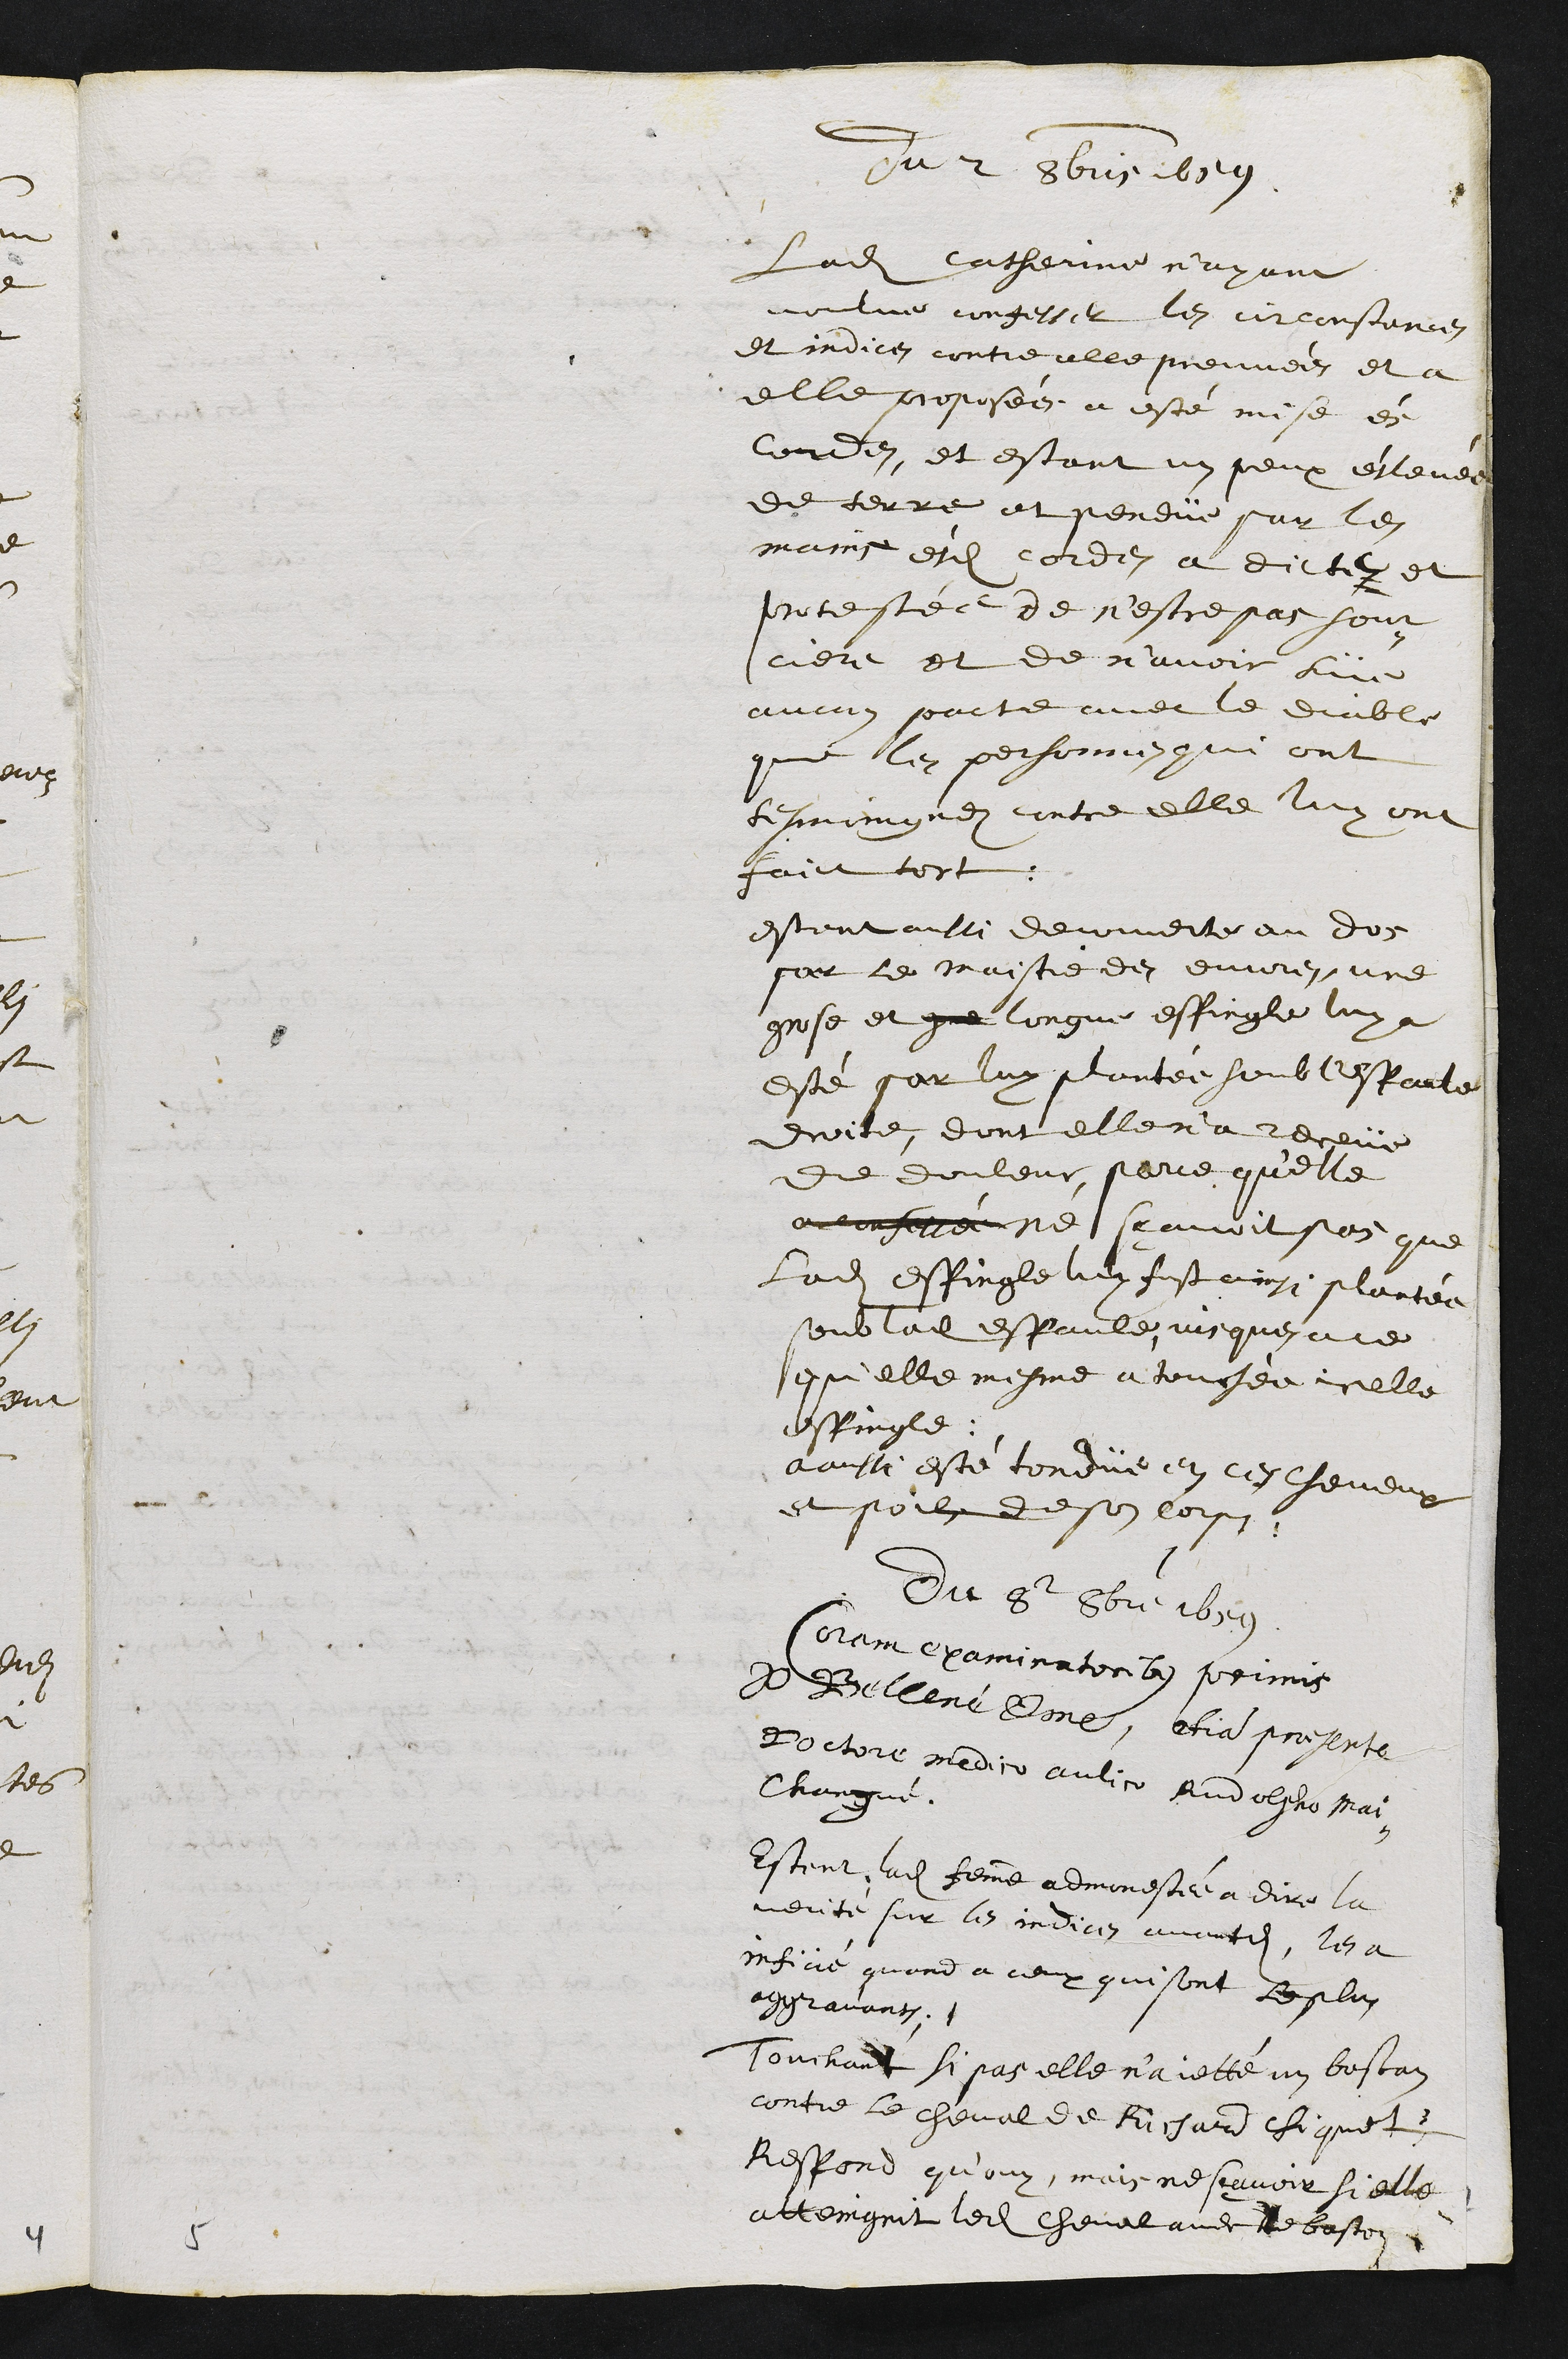
Du 2 8bris 1659
Ladite Catherine n'ayant
voulue confesser les circonstances
et indices contre elle preuvées et a
elle proposée a esté mise ès
cordes, et estant un peux éslevée
de terre et pendüe par les
mains èsdites cordes a dict et
protestée de n'estre pas sour¬
ciere et de n'avoir lüe
ancun pacte avec le diable
comme les personnes qui ont
tesmoingnez contre elle luy ont
faict tort.
estant aussi decouverte au dos
par le maistre des euvres, une
grose et que longue espingle luy a
esté par luy plantée soub lespaule
droite, dont elle n'a receüe
de douleur parce qu'elle
a conessé ne scavoit pas que
ladite espingle luy fust ainsi plantée
soub ladite espaule jusques ace
qu'elle mesme a touchée icelle
espingle
a aussi esté tondüe en ces cheveux
et poils de son corps.
Du 8e 8bre 1659
Coram examinatoribus primis
Jo Bellené Domine, etiam presente
Doctore medico aulico Rudolpho Mai¬
Changué.
Estent ladite femme admonestée a dire la
verité sur les indices avantdits, les a
inficié quand a ceux qui sont le plus
aggravants.
Touchant si pas elle n'a jetté un baston
contre le cheval de Richard Chiquet
Respond qu’ouy, mais ne scavoir si elle
atteingnit ledit cheval avec le baston
5